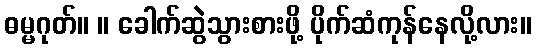
ဓမ္မဂုတ်။ ။ ခေါက်ဆွဲသွားစားဖို့ ပိုက်ဆံကုန်နေလို့လား။